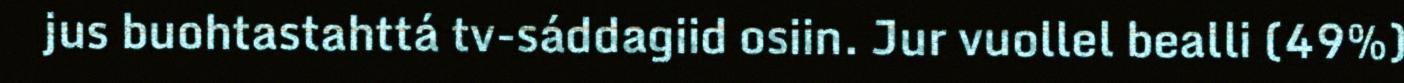
jus buohtastahttá tv-sáddagiid osiin. Jur vuollel bealli (49%)